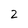
Character: 2